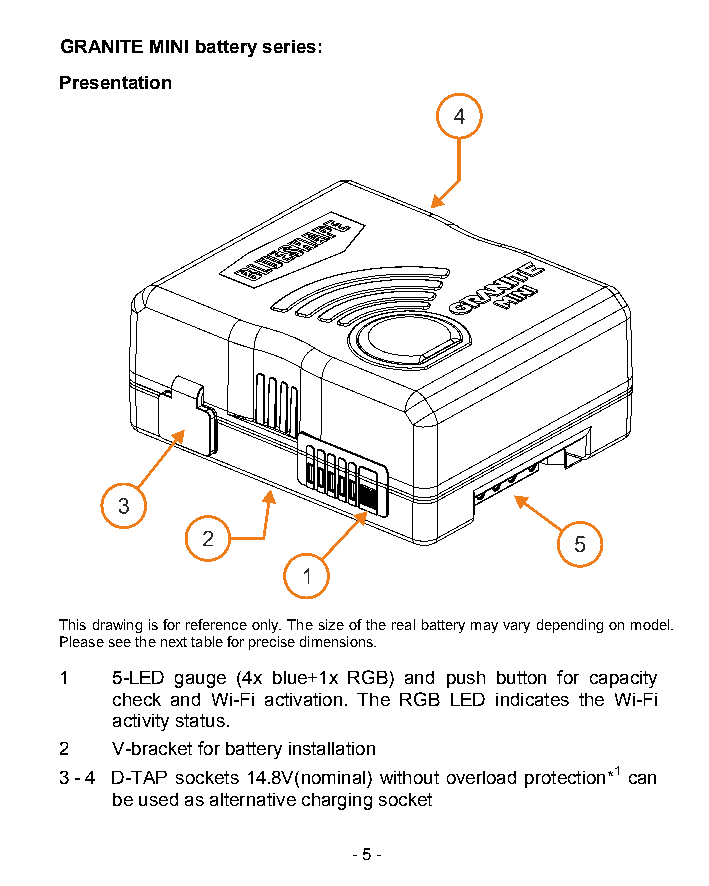
GRANITE MINI battery series:
 Presentation
 This drawing is for reference only. The size of the real battery may vary depending on model.
 Please see the next table for precise dimensions.
 1  5-LED gauge (4x blue+1x RGB) and push button for capacity
 check and Wi-Fi activation. The RGB LED indicates the Wi-Fi
 activity status.
 2  V-bracket for battery installation
 3 - 4 D-TAP sockets 14.8V(nominal) without overload protection*1 can
 be used as alternative charging socket
 - 5 -